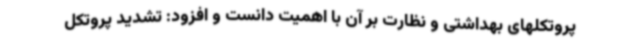
پروتکلهای بهداشتی و نظارت بر آن با اهمیت دانست و افزود: تشدید پروتکل